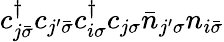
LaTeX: c_{j\bar{\sigma}}^{\dagger}c_{j^{\prime}\bar{\sigma}}c_{i\sigma}^{\dagger}c_{j\sigma}\bar{n}_{j^{\prime}\sigma}n_{i\bar{\sigma}}